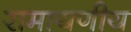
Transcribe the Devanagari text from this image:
रामायणीय